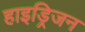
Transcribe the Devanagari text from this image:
हाइड्रिजन